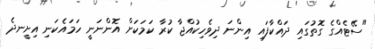
"ސޭޓެއްގެ ގޮތުގައި ދައްކާފައި އިންނަ ދިވެހިކުއްޖާ ކުރާ ކަމަކަށް އޮންނަނީ ހަމައެކަނި އިށީނދެ